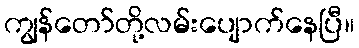
ကျွန်တော်တို့လမ်းပျောက်နေပြီ။